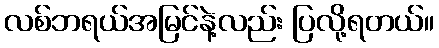
လစ်ဘရယ်အမြင်နဲ့လည်း ပြလို့ရတယ်။